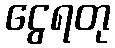
ငွေရတု